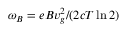
{ \omega _ { B } = e B v _ { g } ^ { 2 } / ( 2 c T \ln 2 ) }